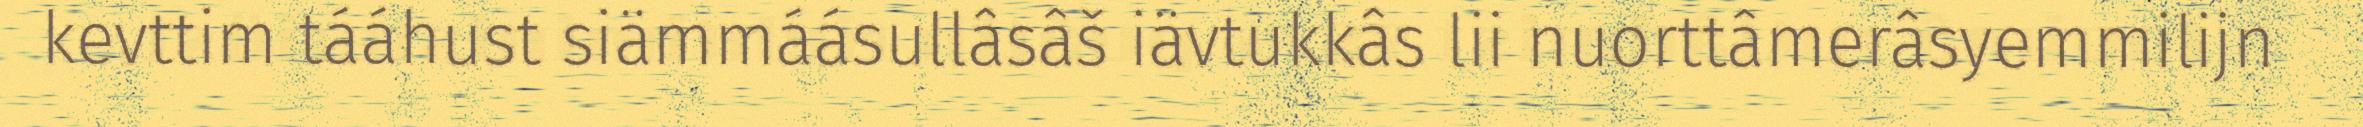
kevttim tááhust siämmáásullâsâš iävtukkâs lii nuorttâmerâsyemmilijn